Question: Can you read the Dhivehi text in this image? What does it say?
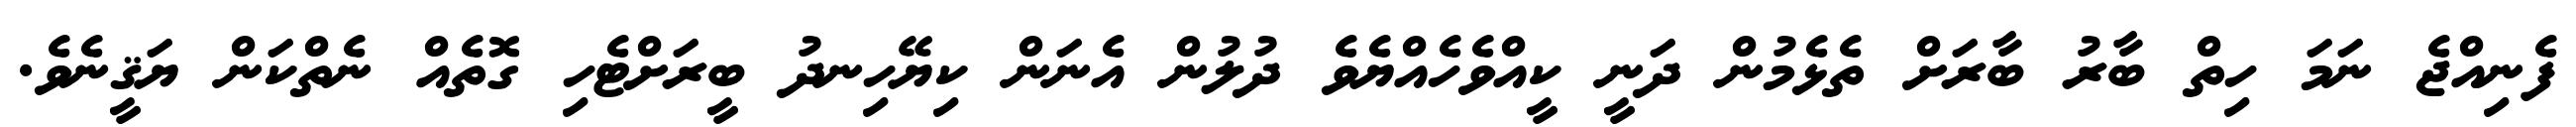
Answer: ފެނިއްޖެ ނަމަ ހިތް ބާރު ބާރަށް ތެޅެމުން ދަނީ ކީއްވެހެއްޔެވެ ދުލުން އެނަން ކިޔޭހިނދު ބީރަށްޓެހި ގޮތެއް ނެތްކަން ޔަޤީނެވެ.